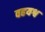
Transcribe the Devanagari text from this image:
वहयश्व